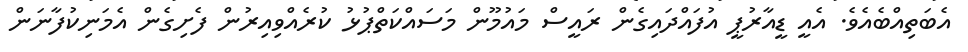
އެބަތިއްބެއެވެ. އެއީ ޑީއާރުޕީ އުފައްދައިގެން ރައީސް މައުމޫން މަސައްކަތްޕުޅު ކުރެއްވިއިރުން ފެށިގެން އެމަނިކުފާނަން